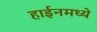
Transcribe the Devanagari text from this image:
हाईनमध्ये